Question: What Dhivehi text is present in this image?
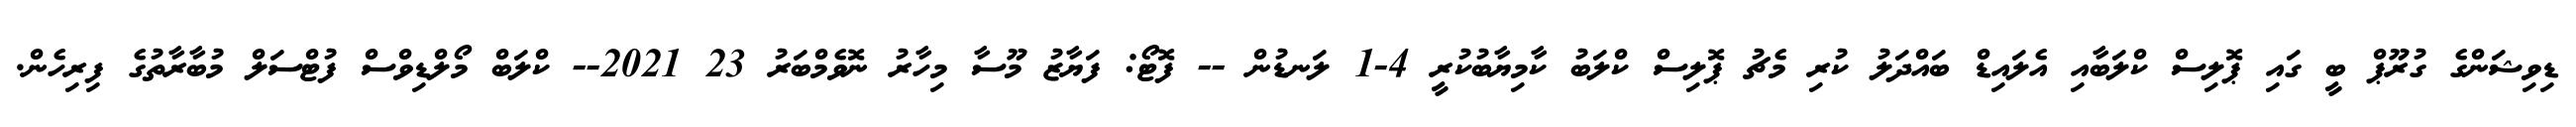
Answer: ޑިވިޝަންގެ ގުރޫޕް ބީ ގައި ޕޮލިސް ކްލަބާއި އެލައިޑް ބައްދަލު ކުރި މެޗު ޕޮލިސް ކްލަބު ކާމިޔާބުކުރީ 4-1 ލަނޑުން -- ފޮޓޯ: ފަޔާޒު މޫސާ މިހާރު ނޮވެމްބަރު 23 2021-- ކްލަބް މޯލްޑިވްސް ފުޓްސަލް މުބާރާތުގެ ފިރިހެން.